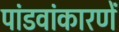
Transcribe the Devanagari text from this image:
पांडवांकारणें